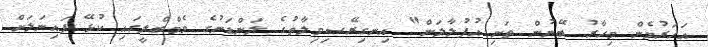
އަހަރުމެން މިހާރު ބޭނުން ތަށި އުފުލާލަން" އިނގިރޭސިވިލާތުގެ ލަންޑަނުގެ ވެމްބްލީގައި ކުޅޭ ފައިނަލަށް